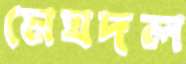
মেঘদল